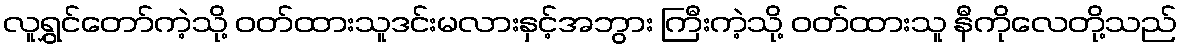
လူရွှင်တော်ကဲ့သို့ ဝတ်ထားသူဒင်းမလားနှင့်အဘွား ကြီးကဲ့သို့ ဝတ်ထားသူ နီကိုလေတို့သည်